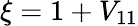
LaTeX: \xi=1+V_{11}